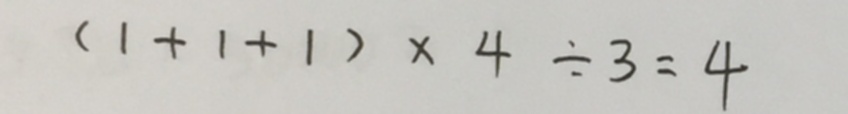
( 1 + 1 + 1 ) \times 4 \div 3 = 4